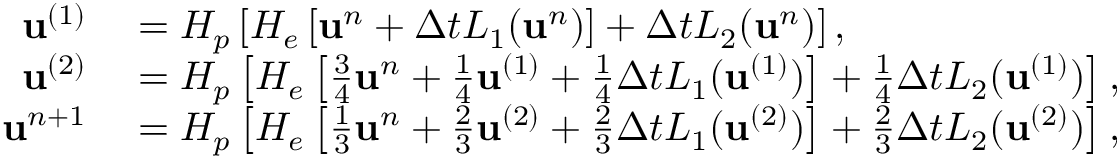
\begin{array} { r l } { \mathbf { u } ^ { ( 1 ) } } & { { } = H _ { p } \left[ H _ { e } \left[ \mathbf { u } ^ { n } + \Delta t L _ { 1 } ( \mathbf { u } ^ { n } ) \right] + \Delta t L _ { 2 } ( \mathbf { u } ^ { n } ) \right] , } \\ { \mathbf { u } ^ { ( 2 ) } } & { { } = H _ { p } \left[ H _ { e } \left[ \frac { 3 } { 4 } \mathbf { u } ^ { n } + \frac { 1 } { 4 } \mathbf { u } ^ { ( 1 ) } + \frac { 1 } { 4 } \Delta t L _ { 1 } ( \mathbf { u } ^ { ( 1 ) } ) \right] + \frac { 1 } { 4 } \Delta t L _ { 2 } ( \mathbf { u } ^ { ( 1 ) } ) \right] , } \\ { \mathbf { u } ^ { n + 1 } } & { { } = H _ { p } \left[ H _ { e } \left[ \frac { 1 } { 3 } \mathbf { u } ^ { n } + \frac { 2 } { 3 } \mathbf { u } ^ { ( 2 ) } + \frac { 2 } { 3 } \Delta t L _ { 1 } ( \mathbf { u } ^ { ( 2 ) } ) \right] + \frac { 2 } { 3 } \Delta t L _ { 2 } ( \mathbf { u } ^ { ( 2 ) } ) \right] , } \end{array}